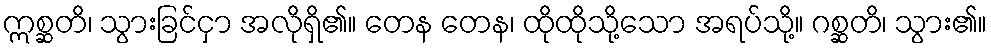
ဣစ္ဆတိ၊ သွားခြင်ငှာ အလိုရှိ၏။ တေန တေန၊ ထိုထိုသို့သော အရပ်သို့။ ဂစ္ဆတိ၊ သွား၏။